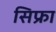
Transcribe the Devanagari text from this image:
सिफ्रा